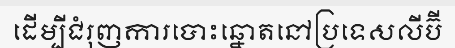
ដើម្បីជំរុញការបោះឆ្នោតនៅប្រទេសលីប៊ី